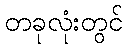
တခုလုံးတွင်